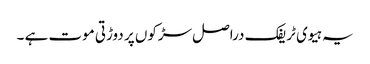
یہ ہیوی ٹریفک دراصل سڑکوں پر دوڑتی موت ہے ۔